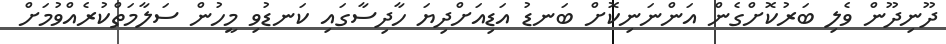
ދޫނިދޫން ވެލި ބަރުކޮށްގެން އަންނަނިކޮށް ބަނޑު އަޑިއަށްދިޔަ ހާދިސާގައި ކަނޑުވި މީހުން ސަލާމަތްކުރެއްވުމަށް